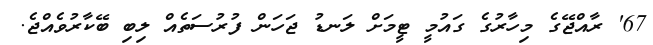
67' ރާއްޖޭގެ މިހާރުގެ ގައުމީ ޓީމަށް ލަނޑު ޖަހަން ފުރުސަތެއް ލިބި ބޭކާރުވެއްޖެ.